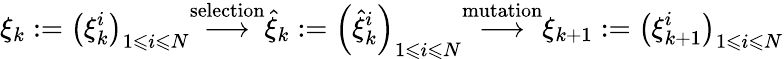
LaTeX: \xi_{k}:=\left(\xi_{k}^{i}\right)_{1\leqslant i\leqslant N}{\stackrel{\mathrm{selection}}{\longrightarrow}}{\widehat{\xi}}_{k}:=\left({\widehat{\xi}}_{k}^{i}\right)_{1\leqslant i\leqslant N}{\stackrel{\mathrm{mutation}}{\longrightarrow}}\xi_{k+1}:=\left(\xi_{k+1}^{i}\right)_{1\leqslant i\leqslant N}